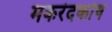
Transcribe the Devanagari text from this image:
मकरंदकोष